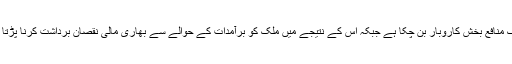
پولیس کی جانب سے جاری ہونے والے بیان کے مطابق 'یہ جرائم پیشہ عناصر کے لیے ایک منافع بخش کاروبار بن چکا ہے جبکہ اس کے نتیجے میں ملک کو برآمدات کے حوالے سے بھاری مالی نقصان برداشت کرنا پڑتا ہے، اس کے ساتھ ہی افسوسناک امر یہ ہے کہ لوگوں کو گدھے کا گوشت کھلایا جارہا ہے'۔